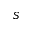
S